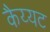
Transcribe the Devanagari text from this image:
कैय्यट